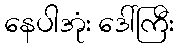
နေပါအုံး ဒေါ်ကြီး